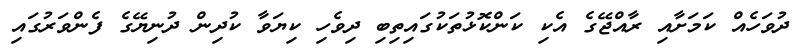
ދުވަހެއް ކަމަށާއި ރާއްޖޭގެ އެކި ކަންކޮޅުތަކުގައިތިބި ދިވެހި ކިޔަވާ ކުދިން ދުނިޔޭގެ ފެންވަރުގައި